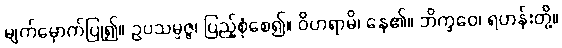
မျက်မှောက်ပြု၍။ ဥပသမ္ပဇ္ဇ၊ ပြည့်စုံစေ၍။ ဝိဟရာမိ၊ နေ၏။ ဘိက္ခဝေ၊ ရဟန်းတို့။